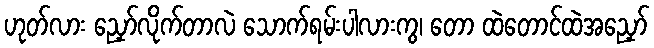
ဟုတ်လား ညှော်လိုက်တာလဲ သောက်ရမ်းပါလားကွ၊ တော ထဲတောင်ထဲအညှော်